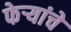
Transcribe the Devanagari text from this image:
फेऱ्यांचे